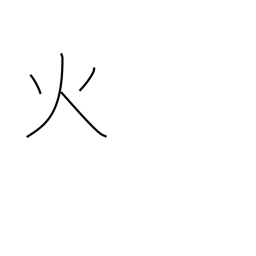
Meaning: fire